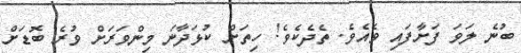
ބުނެ ލަވަ ފަށާފައި ވެއެވެ. ތެދެކެވެ! ހިތަށް ކުޅަދާނަ މިންވަރަށް ވުރެ ބޮޑަށް